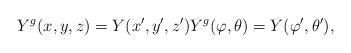
LaTeX: \begin{align*}Y^{g}(x,y,z)=Y(x^{\prime},y^{\prime},z^{\prime})Y^{g}(\varphi,\theta)=Y(\varphi^{\prime},\theta^{\prime}),\end{align*}